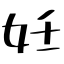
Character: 妊